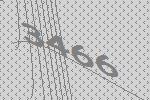
3466